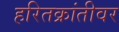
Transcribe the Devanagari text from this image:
हरितक्रांतीवर